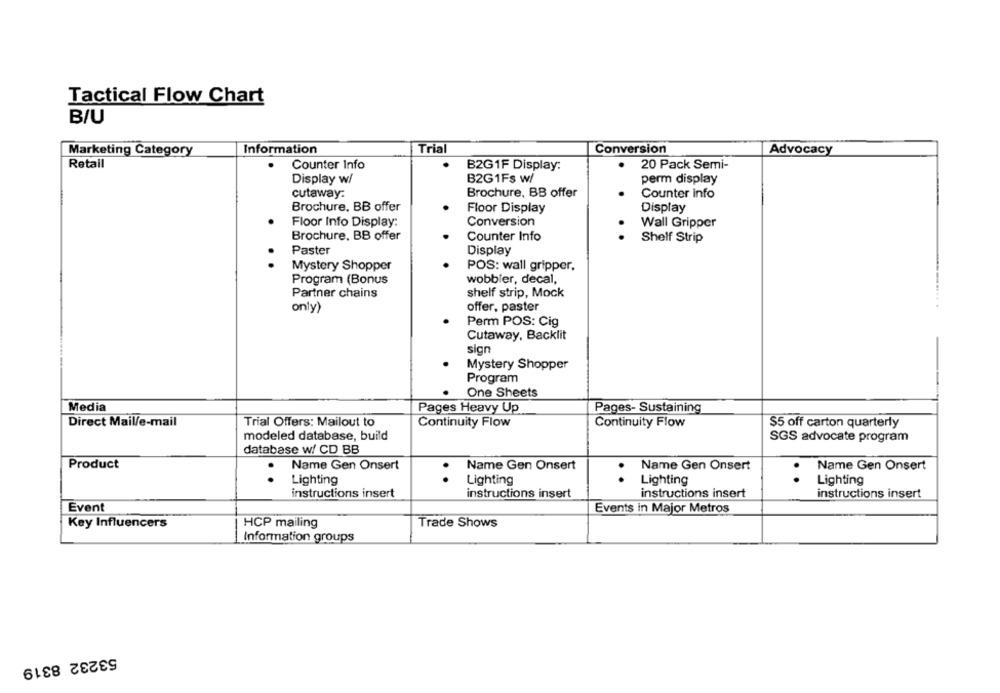
Tactical Flow Chart
B/U
Marketing Category
Information
Trial
Conversion
Advocacy
Retail
Counter Info
B2G1F Display:
20 Pack Semi-
B2G1Fs w/
perm display
Display w/
cutaway:
Brochure, BB offer
Counter info
Brochure. BB offer
Floor Display
Display
Conversion
Floor Info Display:
.
Wall Gripper
Brochure, BB offer
Counter Info
Shelf Strip
Paster
Display
Mystery Shopper
POS: wall gripper,
Program (Bonus
wobbler, decal,
Partner chains
shelf strip, Mock
only)
offer, paster
Perm POS: Cig
Cutaway, Backlit
sign
Mystery Shopper
Program
One Sheets
Media
Pages Heavy Up
Pages- Sustaining
Direct Mail/e-mail
Trial Offers: Mailout to
Continuity Flow
$5 off carton quarterly
Continuity Flow
modeled database, build
SGS advocate program
database w/ CD BB
Product
Name Gen Onsert
Name Gen Onsert
Name Gen Onsert
Name Gen Onsert
..
Lighting
.
Lighting
Lighting
..
Lighting
instructions insert
instructions insert
instructions insert
instructions insert
Event
Events in Major Metros
Key Influencers
HCP mailing
Trade Shows
Information groups
53232 8319